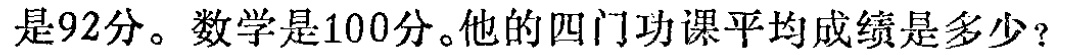
是92分。数学是100分。他的四门功课平均成绩是多少？